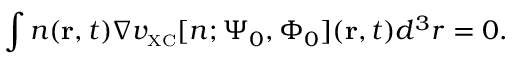
\int n ( { \bf r } , t ) \nabla v _ { \scriptscriptstyle \mathrm { X C } } [ n ; \Psi _ { 0 } , \Phi _ { 0 } ] ( { \bf r } , t ) d ^ { 3 } r = 0 .